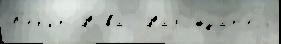
Б'ер'ит Нова́  Набл'юда́т'ель